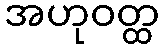
အဟုဝတ္ထ